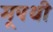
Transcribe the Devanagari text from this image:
मूपथी